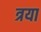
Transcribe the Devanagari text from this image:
त्रया